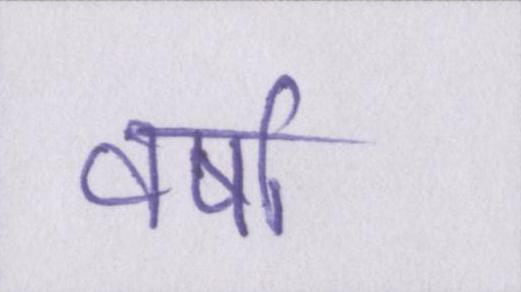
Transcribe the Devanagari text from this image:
वर्षा